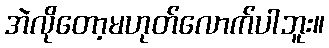
အဲလိုတော့မဟုတ်လောက်ပါဘူး။